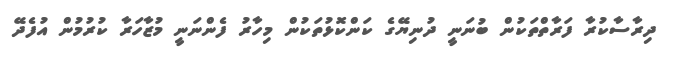
ދިރާސާކުރާ ފަރާތްތަކުން ބުނަނީ ދުނިޔޭގެ ކަންކޮޅުތަކުން މިހާރު ފެންނަނީ މުޒާހަރާ ކުރުމުން އުފެދޭ